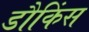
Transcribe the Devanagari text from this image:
डौकिंस